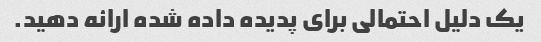
یک دلیل احتمالی برای پدیده داده شده ارائه دهید.